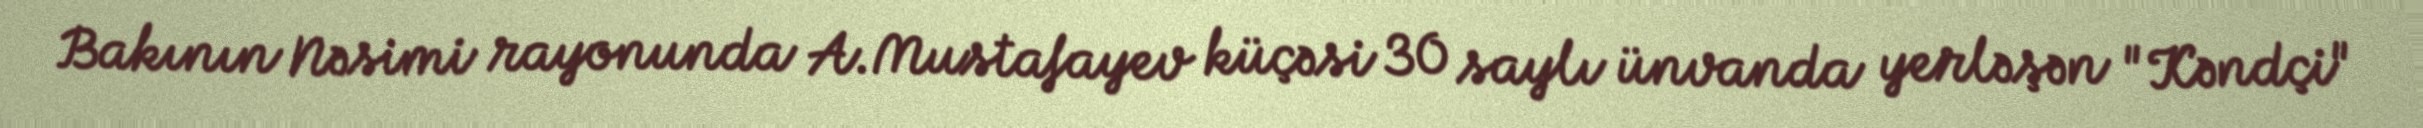
Bakının Nəsimi rayonunda A.Mustafayev küçəsi 30 saylı ünvanda yerləşən "Kəndçi"